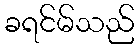
ခရင်မ်သည်